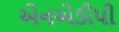
એનએડીપી